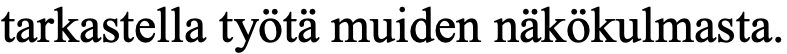
tarkastella työtä muiden näkökulmasta.